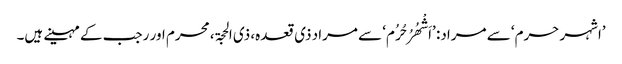
’اشہر حرم‘ سے مراد: ’اَشْھُرُ حُرُم‘ سے مراد ذی قعدہ، ذی الحجۃ، محرم اور رجب کے مہینے ہیں۔